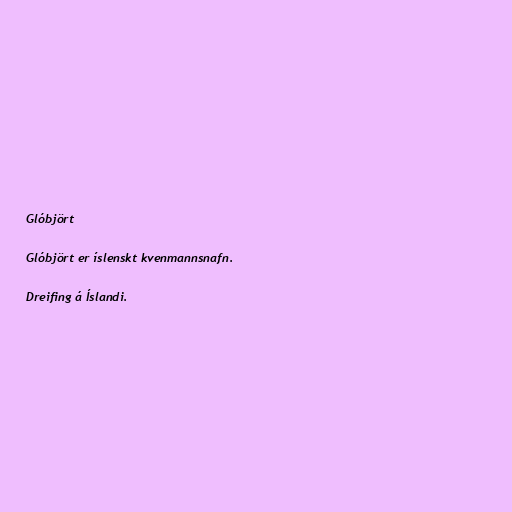
Glóbjört

Glóbjört er íslenskt kvenmannsnafn.

Dreifing á Íslandi.